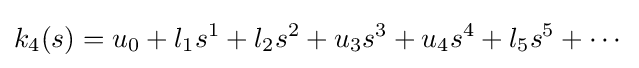
k_{4}(s)=u_{0}+l_{1}s^{1}+l_{2}s^{2}+u_{3}s^{3}+u_{4}s^{4}+l_{5}s^{5}+\cdots